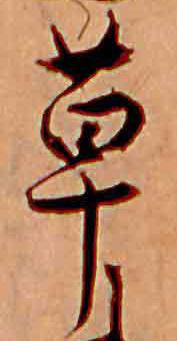
草